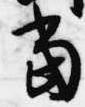
当